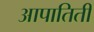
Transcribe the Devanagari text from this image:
आपातिती